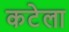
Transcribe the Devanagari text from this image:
कटेला